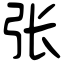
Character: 张